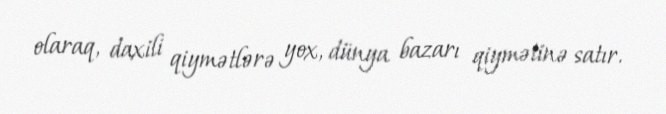
olaraq, daxili qiymətlərə yox, dünya bazarı qiymətinə satır.